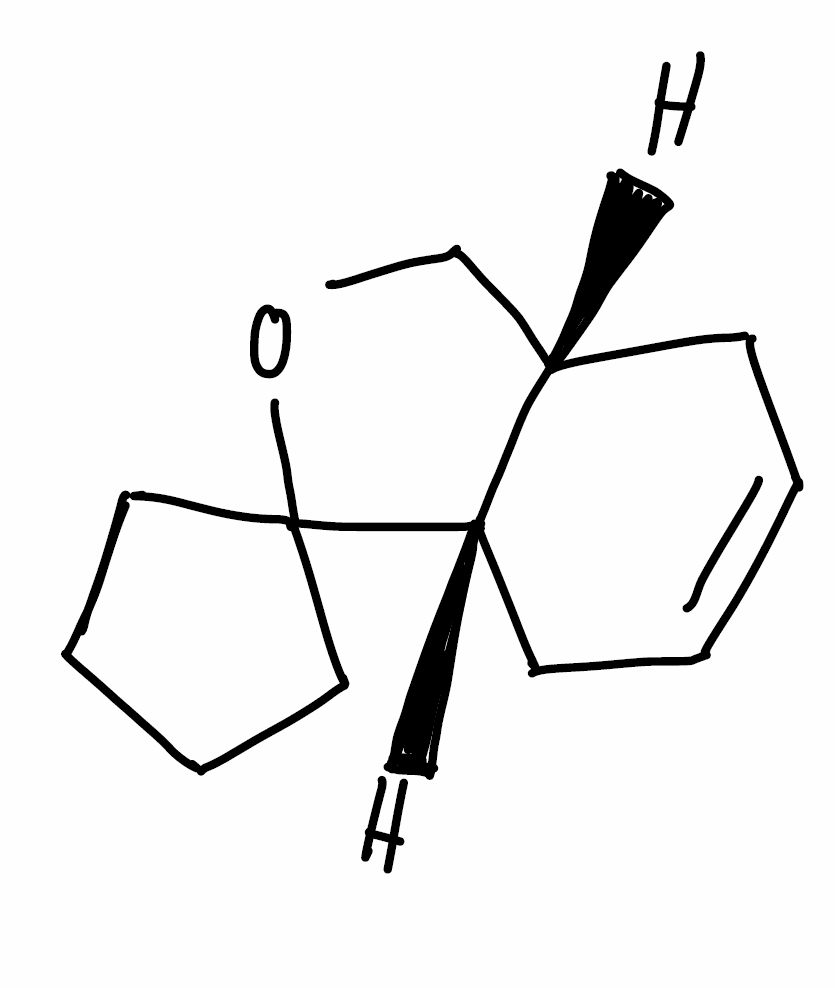
Simplified molecular-input line-entry system (SMILES) notation of the given molecule:
C1CCC2(C1)[C@H]3CC=CC[C@H]3CO2